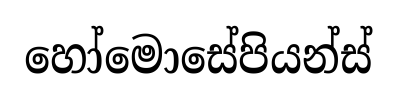
හෝමොසේපියන්ස්